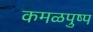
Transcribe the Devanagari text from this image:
कमळपुष्प